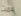
عمت